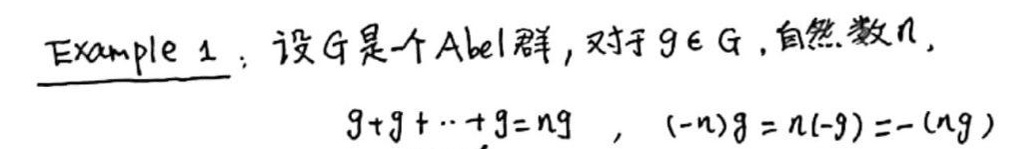
Example 1: 设 \(G\) 是一个 Abel 群, 对于 \(g\in G\), 自然数 \(n\),
\[g + g+\cdots+g = ng\quad,(-n)g=n(-g)=-(ng)\]